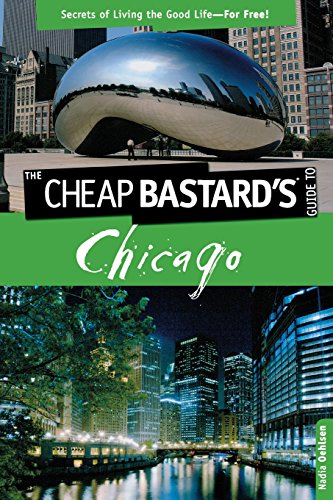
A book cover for Cheap Bastard's(TM) Guide to Chicago: Secrets Of Living The Good Life--For Free!; Nadia Oehlsen; Travel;